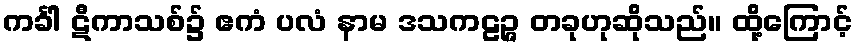
ကင်္ခါ ဋီကာသစ်၌ ဧကံ ပလံ နာမ ဒသကဠဉ္ဇ တခုဟုဆိုသည်။ ထို့ကြောင့်